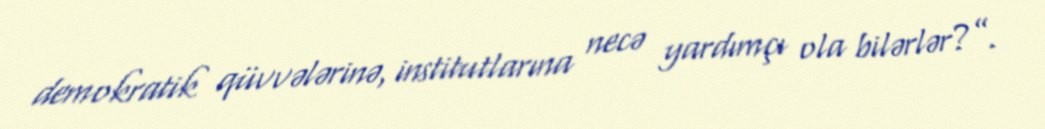
demokratik qüvvələrinə, institutlarına necə yardımçı ola bilərlər?”.